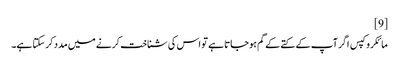
[9]
مائکروکپس اگر آپ کے کتے کے گم ہوجاتا ہے تو اس کی شناخت کرنے میں مدد کرسکتا ہے۔